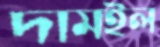
দামইল